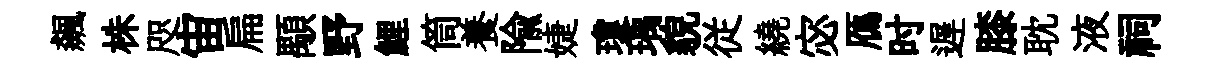
飆株咫宙扁顒野鯉筒養隃婕瓊瑀貌従繞宓鴈时遅膝耽液祠